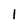
Character: l